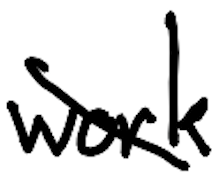
Text: work
Cross-out: mix
Writing tool: digital_black